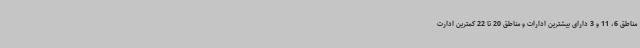
مناطق 6، 11 و 3 دارای بیشترین ادارات و مناطق 20 تا 22 کمترین ادارت